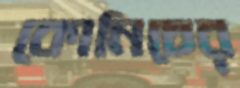
কোনিচের